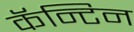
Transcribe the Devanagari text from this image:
कॅन्टिन